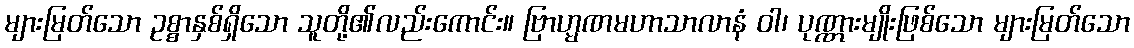
များမြတ်သော ဥစ္စာနှစ်ရှိသော သူတို့၏လည်းကောင်း။ ဗြာဟ္မဏမဟာသာလာနံ ဝါ၊ ပုဏ္ဏားမျိုးဖြစ်သော များမြတ်သော